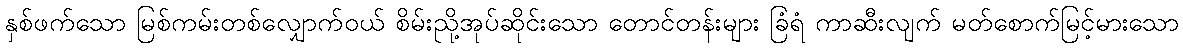
နှစ်ဖက်သော မြစ်ကမ်းတစ်လျှောက်ဝယ် စိမ်းညို့အုပ်ဆိုင်းသော တောင်တန်းများ ခြံရံ ကာဆီးလျက် မတ်စောက်မြင့်မားသော